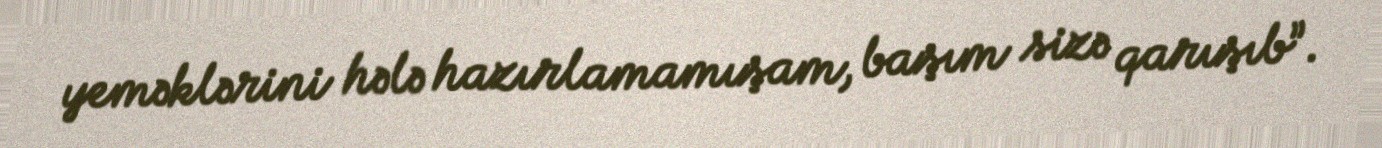
yeməklərini hələ hazırlamamışam, başım sizə qarışıb”.